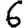
Digit: 6